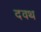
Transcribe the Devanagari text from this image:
दवथ